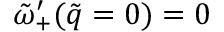
\tilde { \omega } _ { + } ^ { \prime } ( \tilde { q } = 0 ) = 0